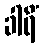
ခါရိံ